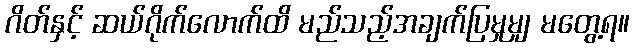
ဂိတ်နှင့် ဆယ်ဂိုက်လောက်ထိ မည်သည့်အချက်ပြမှုမျှ မတွေ့ရ။